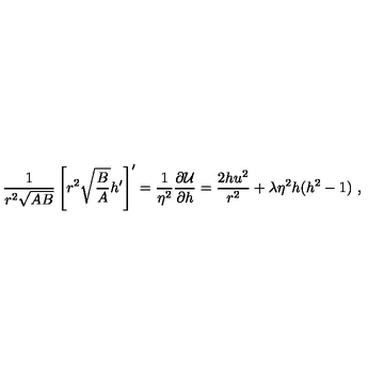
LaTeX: \frac 1 { r ^ { 2 } \sqrt { A B } } \left[ r ^ { 2 } \sqrt { \frac B A } h ^ { \prime } \right] ^ { \prime } = \frac 1 { \eta ^ { 2 } } \frac { \partial { \cal U } } { \partial h } = \frac { 2 h u ^ { 2 } } { r ^ { 2 } } + \lambda \eta ^ { 2 } h ( h ^ { 2 } - 1 ) \ ,